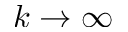
k \rightarrow \infty